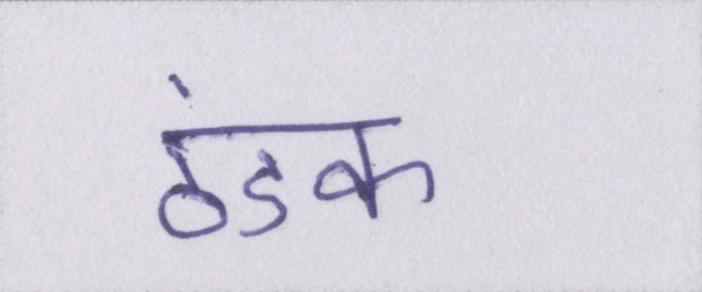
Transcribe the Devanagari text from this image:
ठंडक